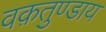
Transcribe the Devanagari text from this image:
वक़तुण्डाय